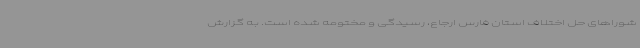
شوراهای حل اختلاف استان فارس ارجاع، رسیدگی و مختومه شده است. به گزارش